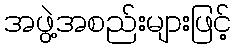
အဖွဲ့အစည်းများဖြင့်